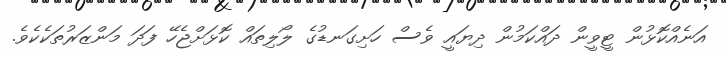
އަނެއްކޮޅުން ޓީވީން ދައްކަމުން ދިޔައީ ވެސް ހަށިގަނޑުގެ ލޯލިތައް ކޮޅަށްޖެހޭ ފަދަ މަންޒަރުތަކެކެވެ.